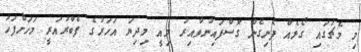
މި މެޗުގައި ގޯލެއް ފެނިގެން ގޮސްފައިނުވާއިރު މިއީ މިދިޔަ އަހަރުގެ ފެބްރުއަރީ މަހަށްފަހު